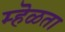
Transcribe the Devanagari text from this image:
म्हॆळता